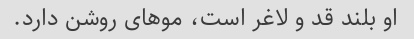
او بلند قد و لاغر است، موهای روشن دارد.